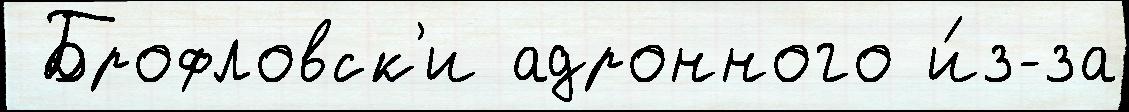
 Брофловск'и адронного и́з-за